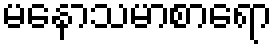
မနောသမာစာရော